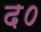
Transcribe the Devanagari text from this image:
द०